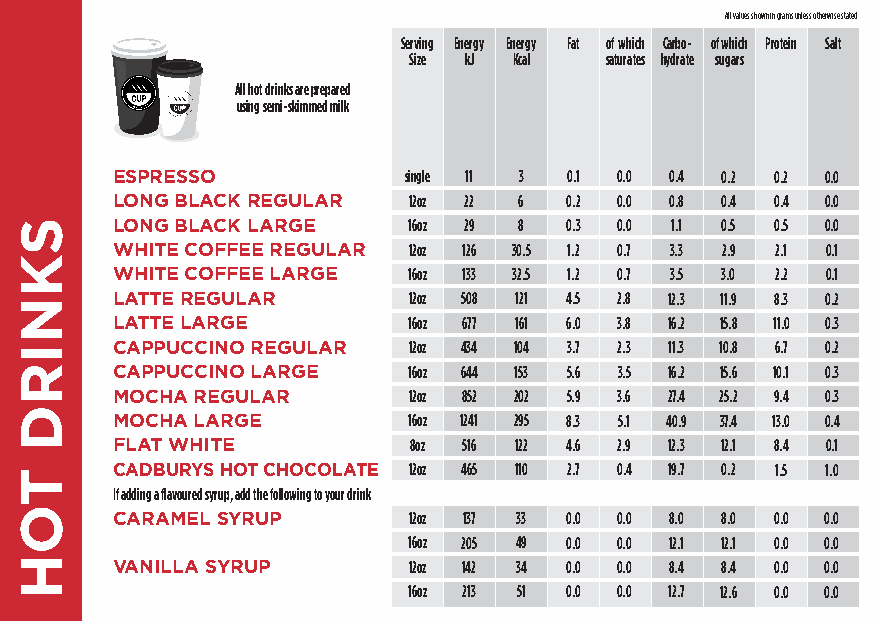
All values shown in grams unless otherwise stated
 Serving Energy Energy Fat of which Carbo- of which Protein Salt
 Size kJ Kcal saturates hydrate sugars
 All hot drinks are prepared
 using semi-skimmed milk
 ESPRESSO            single 11 3 0.1 0.0 0.4 0.2 0.2 0.0
 LONG BLACK REGULAR  12oz 22 6 0.2 0.0 0.8 0.4 0.4 0.0
 LONG BLACK LARGE    16oz 29 8 0.3 0.0 1.1 0.5 0.5 0.0
 WHITE COFFEE REGULAR 12oz 126 30.5 1.2 0.7 3.3 2.9 2.1 0.1
 WHITE COFFEE LARGE  16oz 133 32.5 1.2 0.7 3.5 3.0 2.2 0.1
 LATTE REGULAR       12oz 508 121 4.5 2.8 12.3 11.9 8.3 0.2
 LATTE LARGE         16oz 677 161 6.0 3.8 16.2 15.8 11.0 0.3
 CAPPUCCINO REGULAR  12oz 434 104 3.7 2.3 11.3 10.8 6.7 0.2
 CAPPUCCINO LARGE    16oz 644 153 5.6 3.5 16.2 15.6 10.1 0.3
 MOCHA REGULAR       12oz 852 202 5.9 3.6 27.4 25.2 9.4 0.3
 MOCHA LARGE         16oz 1241 295 8.3 5.1 40.9 37.4 13.0 0.4
 FLAT WHITE          8oz 516 122 4.6 2.9 12.3 12.1 8.4 0.1
 CADBURYS HOT CHOCOLATE 12oz 465 110 2.7 0.4 19.7 0.2 1.5 1.0
 If adding a flavoured syrup, add the following to your drink
 CARAMEL SYRUP       12oz 137 33 0.0 0.0 8.0 8.0 0.0 0.0
 16oz 205 49 0.0 0.0 12.1 12.1 0.0 0.0
 VANILLA SYRUP       12oz 142 34 0.0 0.0 8.4 8.4 0.0 0.0
 16oz 213 51 0.0 0.0 12.7 12.6 0.0 0.0
 SKNIRD
 TOH